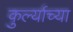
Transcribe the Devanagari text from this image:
कुर्ल्याच्या